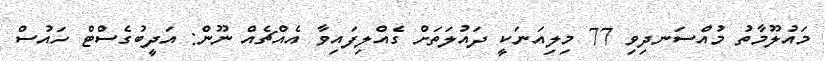
މައުލޫމާތު މުއްސަނދިވި 77 މިލިއަނަކީ ދައުލަތަށް ގެއްލިފައިވާ އެއްޗެއް ނޫން: އަދީބުގެސްޓް ހައުސް